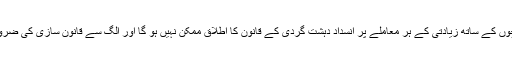
ہو سکتا ہے حکومت یہ سمجھتی ہو کہ بچوں کے ساتھ زیادتی کے ہر معاملے پر انسداد دہشت گردی کے قانون کا اطلاق ممکن نہیں ہو گا اور الگ سے قانون سازی کی ضرورت ہے اس لیے یہ قرارداد لائی گئی ہو۔